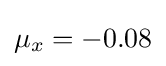
\mu _{x}=-0.08